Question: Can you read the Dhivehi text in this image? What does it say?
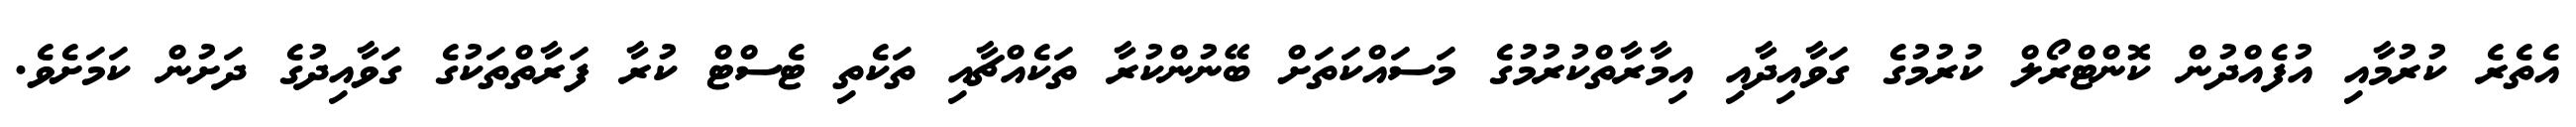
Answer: އެތެރެ ކުރުމާއި އުފެއްދުން ކޮންޓްރޯލް ކުރުމުގެ ގަވާއިދާއި އިމާރާތްކުރުމުގެ މަސައްކަތަށް ބޭނުންކުރާ ތަކެއްޗާއި ތަކެތި ޓެސްޓް ކުރާ ފަރާތްތަކުގެ ގަވާއިދުގެ ދަށުން ކަމަށެވެ.